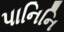
પાનિનિ